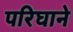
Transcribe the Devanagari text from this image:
परिघाने